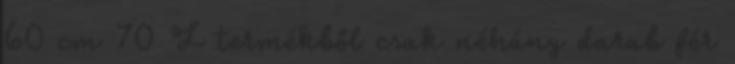
60 cm 70 L termékből csak néhány darab fér